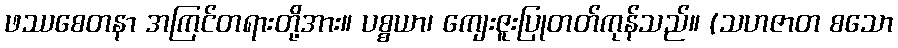
ဖဿစေတနာ အကြင်တရားတို့အား။ ပစ္စယာ၊ ကျေးဇူးပြုတတ်ကုန်သည်။ (သဟဇာတ စသော